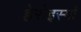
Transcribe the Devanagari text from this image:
हेरोइस्मो